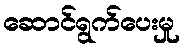
ဆောင်ရွက်ပေးမှု